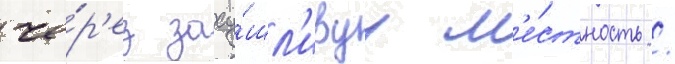
че́р'ез засу́шл'ивуу м'е́стность /